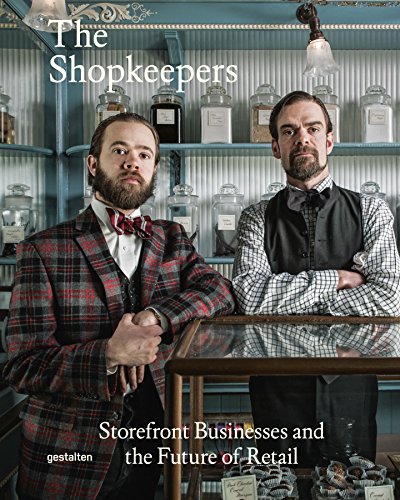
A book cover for The Shopkeepers: Storefront Businesses<br>and the Future of Retail; Arts & Photography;